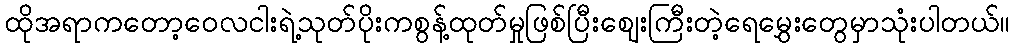
ထိုအရာကတော့ဝေလငါးရဲ့သုတ်ပိုးကစွန့်ထုတ်မှုဖြစ်ပြီးဈေးကြီးတဲ့ရေမွှေးတွေမှာသုံးပါတယ်။